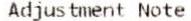
ADJUSTMENT NOTE